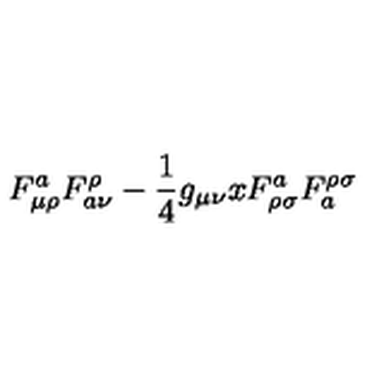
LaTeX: F _ { \mu \rho } ^ { a } F _ { a \nu } ^ { \rho } - { \frac { 1 } { 4 } } g _ { \mu \nu } x F _ { \rho \sigma } ^ { a } F _ { a } ^ { \rho \sigma }